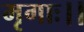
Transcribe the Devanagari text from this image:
मृगाः।।